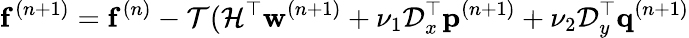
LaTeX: \mathbf{f}^{(n+1)}=\mathbf{f}^{(n)}-\mathcal{T}(\mathcal{H}^{\top}\mathbf{w}^{(n+1)}+\nu_{1}\mathcal{D}_{x}^{\top}{\mathbf{p}}^{(n+1)}+\nu_{2}\mathcal{D}_{y}^{\top}{\mathbf{q}}^{(n+1)}